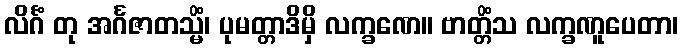
လိင်္ဂံ တု အင်္ဂဇာတသ္မိံ၊ ပုမတ္တာဒိမှိ လက္ခဏေ။ ဗာတ္တိံသ လက္ခဏူပေတာ၊